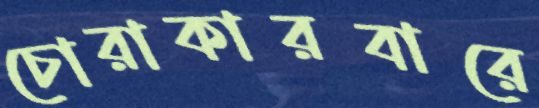
চোরাকারবারে